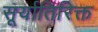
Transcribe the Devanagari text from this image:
सूर्यातिरिक्त